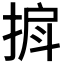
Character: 𫽒